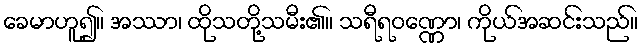
ခေမာဟူ၍။ အဿာ၊ ထိုသတို့သမီး၏။ သရီရဝဏ္ဏော၊ ကိုယ်အဆင်းသည်။